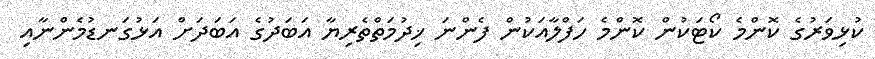
ކުޅިވަރުގެ ކޮންމެ ކޯޓަކުން ކޮންމެ ހަފްލާއަކުން ފެންނަ ޚިދުމަތްތެރިޔާ އަބަދުގެ އަބަދަށް އަޅުގަނޑުމެންނާއި